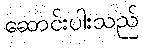
ဆောင်းပါးသည်